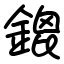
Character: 鎞